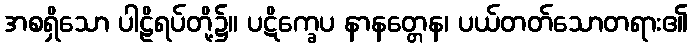
အစရှိသော ပါဠိရပ်တို့၌။ ပဋိက္ခေပ နာနတ္တေန၊ ပယ်တတ်သောတရား၏